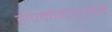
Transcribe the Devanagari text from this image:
रुपकोनारलोइ